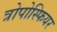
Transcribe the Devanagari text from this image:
त्रोपोस्फियर